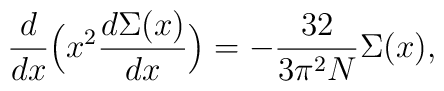
\frac{d}{dx}\Bigl(x^2 \frac{d\Sigma(x)}{dx}\Bigr)=-\frac{32}{3\pi^2 N}\Sigma (x),